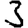
Digit: 3